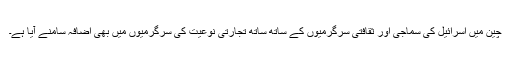
چین میں اسرائیل کی سماجی اور ثقافتی سرگرمیوں کے ساتھ ساتھ تجارتی نوعیت کی سرگرمیوں میں بھی اضافہ سامنے آیا ہے۔